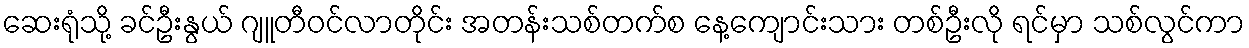
ဆေးရုံသို့ ခင်ဦးနွယ် ဂျူတီဝင်လာတိုင်း အတန်းသစ်တက်စ နေ့ကျောင်းသား တစ်ဦးလို ရင်မှာ သစ်လွင်ကာ